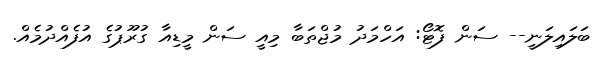
ބަލައިލަނީ-- ސަން ފޮޓޯ: އަހްމަދު މުޖްތަބާ މިއީ ސަން މީޑިއާ ގުރޫޕުގެ އުފެއްދުމެއް.